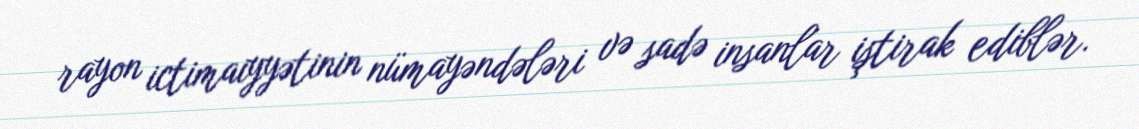
rayon ictimaiyyətinin nümayəndələri və sadə insanlar iştirak ediblər.